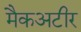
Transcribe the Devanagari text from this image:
मैकअटीर